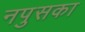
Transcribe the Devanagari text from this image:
नपुसका